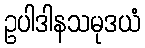
ဥပါဒါနသမုဒယံ